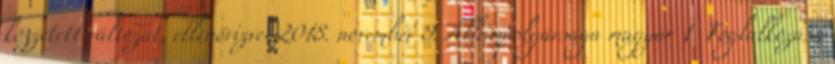
közzétett változat, ellenőrizve: 2018. november 9. Állampolgársága magyar 1 Foglalkozása